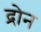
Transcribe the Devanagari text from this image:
द्रोन